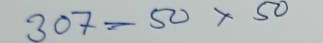
307 = 50 x 50